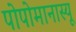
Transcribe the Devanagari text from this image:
पोपोमानास्यू